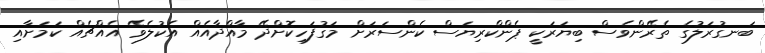
ބަނގުރަލުގެ ތެރޭންވެސް ބިޔަރަކީ ޕެންކްރިޔަސް ކެންސަރަށް މަގުފަހިކޮށްދޭ މާއްދާއެއް އެކުލެވޭ އެއްޗެއް ކަމަށާއި